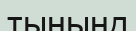
тынынд